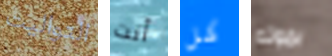
التواليت أنت كل بموته